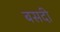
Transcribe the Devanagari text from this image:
बसदी